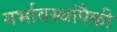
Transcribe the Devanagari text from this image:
गर्भावस्थांपैकी